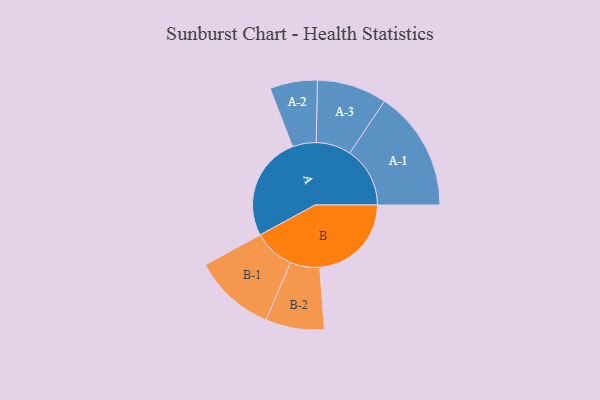
{"axis": {"x": "Segment", "y": "Value"}, "legend": ["", "A", "B"], "data": [{"x": "A", "y": 484, "type": ""}, {"x": "B", "y": 425, "type": ""}, {"x": "A-1", "y": 279, "type": "A"}, {"x": "A-2", "y": 110, "type": "A"}, {"x": "A-3", "y": 162, "type": "A"}, {"x": "B-1", "y": 190, "type": "B"}, {"x": "B-2", "y": 136, "type": "B"}]}